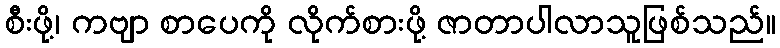
စီးဖို့၊ ကဗျာ စာပေကို လိုက်စားဖို့ ဇာတာပါလာသူဖြစ်သည်။